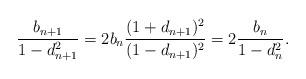
LaTeX: \begin{align*}\frac{b_{n+1}}{1-d_{n+1}^2} = 2 b_n \frac{(1+d_{n+1})^2}{(1-d_{n+1})^2} = 2 \frac{b_n}{1-d_n^2}.\end{align*}